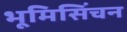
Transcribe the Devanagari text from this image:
भूमिसिंचन